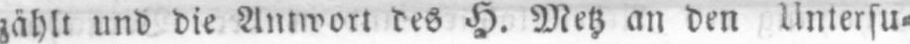
zählt und die Antwort des H. Metz an den Untersu⸗